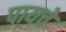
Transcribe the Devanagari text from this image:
पायचे